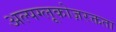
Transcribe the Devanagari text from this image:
अल्पग्लूकोज़रक्तता